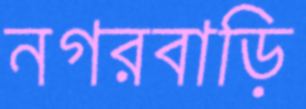
নগরবাড়ি